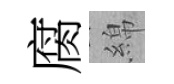
腐綿